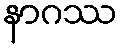
နာဂဿ